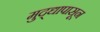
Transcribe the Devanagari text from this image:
मुद्द्यापासून